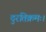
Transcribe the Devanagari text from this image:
दुरतिक्रमः।